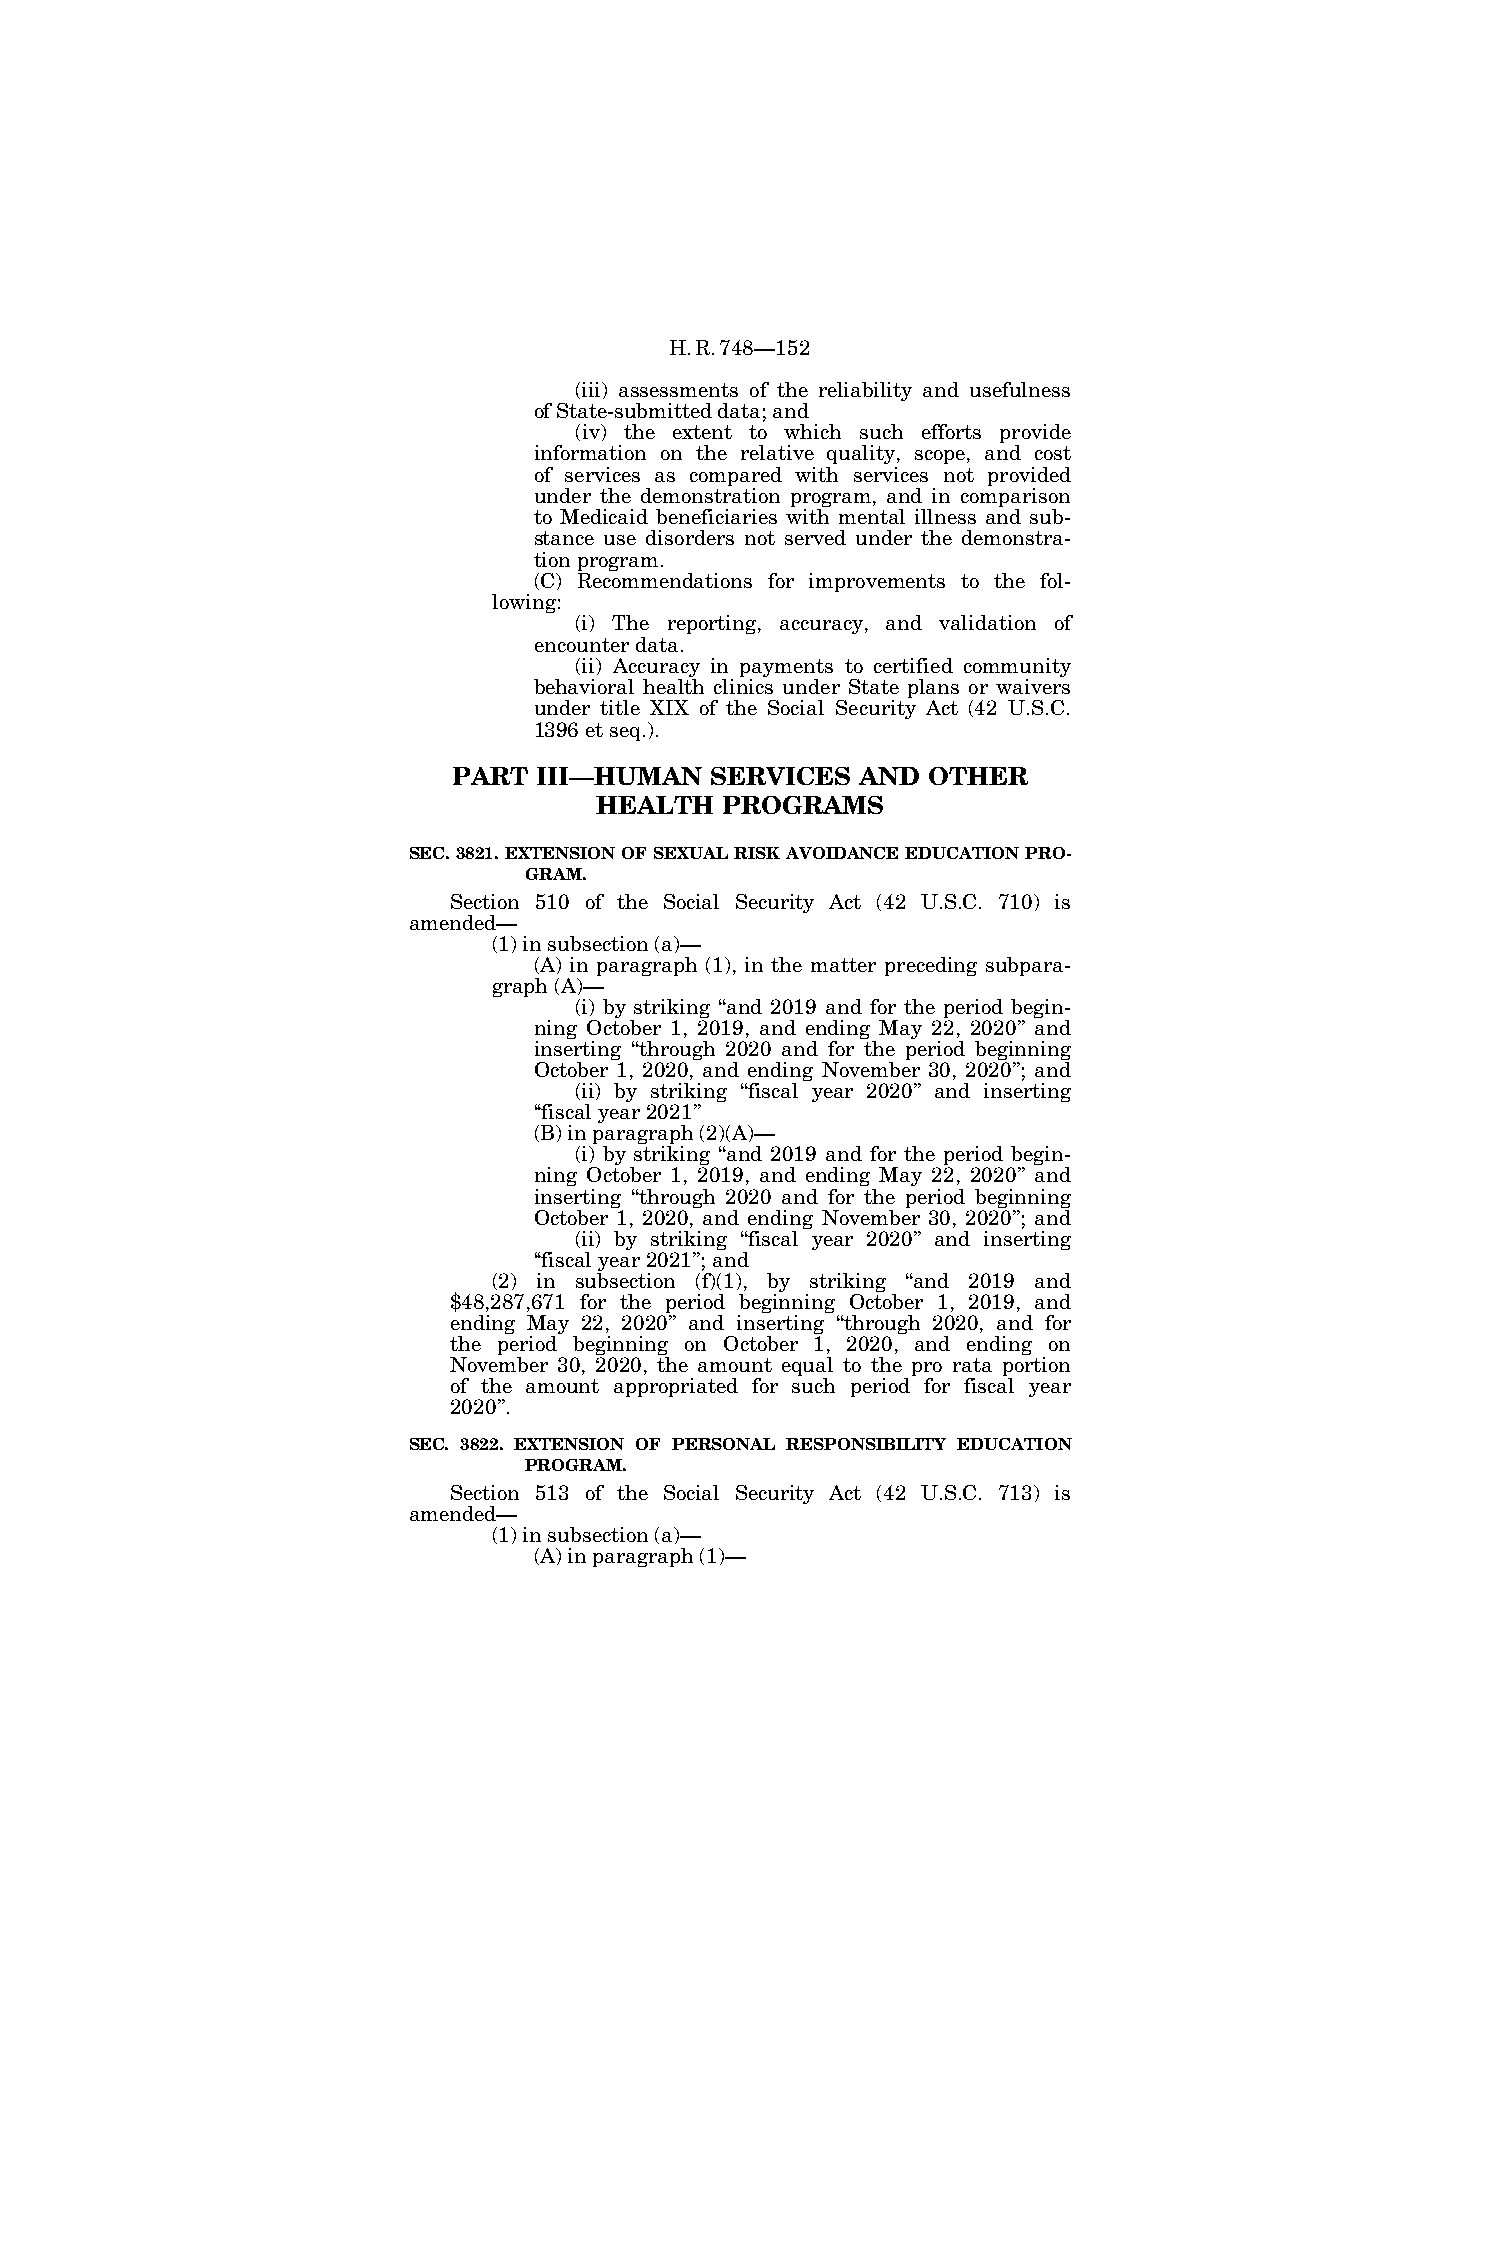
H.R.748—152
 (iii) assessments of the reliability and usefulness
 of State-submitted data; and
 (iv) the extent to which such efforts provide
 information on the relative quality, scope, and cost
 of services as compared with services not provided
 under the demonstration program, and in comparison
 to Medicaid beneficiaries with mental illness and sub-
 stance use disorders not served under the demonstra-
 tion program.
 (C) Recommendations for improvements to the fol-
 lowing:
 (i) The reporting, accuracy, and validation of
 encounter data.
 (ii) Accuracy in payments to certified community
 behavioral health clinics under State plans or waivers
 under title XIX of the Social Security Act (42 U.S.C.
 1396 et seq.).
 PART  III—HUMAN  SERVICES  AND OTHER
 HEALTH   PROGRAMS
 SEC. 3821. EXTENSION OF SEXUAL RISK AVOIDANCE EDUCATION PRO-
 GRAM.
 Section 510 of the Social Security Act (42 U.S.C. 710) is
 amended—
 (1) in subsection (a)—
 (A) in paragraph (1), in the matter preceding subpara-
 graph (A)—
 (i) by striking ‘‘and 2019 and for the period begin-
 ning October 1, 2019, and ending May 22, 2020’’ and
 inserting ‘‘through 2020 and for the period beginning
 October 1, 2020, and ending November 30, 2020’’; and
 (ii) by striking ‘‘fiscal year 2020’’ and inserting
 ‘‘fiscal year 2021’’
 (B) in paragraph (2)(A)—
 (i) by striking ‘‘and 2019 and for the period begin-
 ning October 1, 2019, and ending May 22, 2020’’ and
 inserting ‘‘through 2020 and for the period beginning
 October 1, 2020, and ending November 30, 2020’’; and
 (ii) by striking ‘‘fiscal year 2020’’ and inserting
 ‘‘fiscal year 2021’’; and
 (2) in subsection (f)(1), by striking ‘‘and 2019 and
 $48,287,671 for the period beginning October 1, 2019, and
 ending May 22, 2020’’ and inserting ‘‘through 2020, and for
 the period beginning on October 1, 2020, and ending on
 November 30, 2020, the amount equal to the pro rata portion
 of the amount appropriated for such period for fiscal year
 2020’’.
 SEC. 3822. EXTENSION OF PERSONAL RESPONSIBILITY EDUCATION
 PROGRAM.
 Section 513 of the Social Security Act (42 U.S.C. 713) is
 amended—
 (1) in subsection (a)—
 (A) in paragraph (1)—